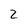
Character: 2